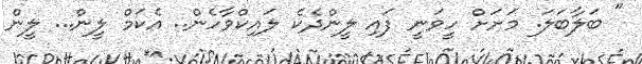
" ބަލާބަލަ. މަށަށް ހީވަނީ ފައި ލީންދެކެ ލައިކްވާހެން.. އެކަމް ލީން... ލީން